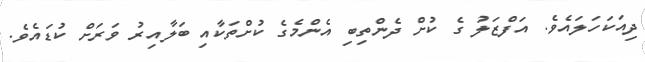
ދިއަކަހަލައެވެ. އަފްޒަލު ގެ ކުށް ދެންތިބި އެންމެގެ ކުށްތަކާއި ބަލާއިރު ވަރަށް ކުޑައެވެ.